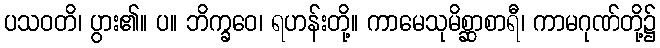
ပသဝတိ၊ ပွား၏။ ပ။ ဘိက္ခဝေ၊ ရဟန်းတို့။ ကာမေသုမိစ္ဆာစာရီ၊ ကာမဂုဏ်တို့၌